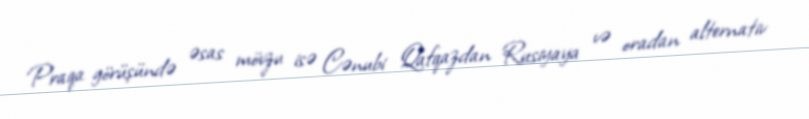
Praqa görüşündə əsas mövzu isə Cənubi Qafqazdan Rusiyaya və oradan alternativ